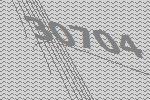
30704